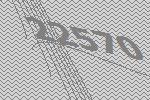
22570